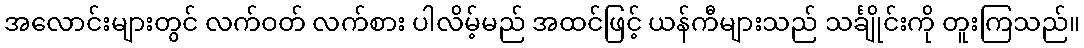
အလောင်းများတွင် လက်ဝတ် လက်စား ပါလိမ့်မည် အထင်ဖြင့် ယန်ကီများသည် သင်္ချိုင်းကို တူးကြသည်။